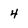
Character: 4